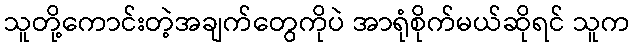
သူတို့ကောင်းတဲ့အချက်တွေကိုပဲ အာရုံစိုက်မယ်ဆိုရင် သူက